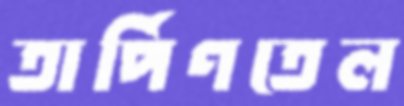
তার্পিণতেল